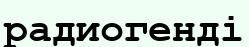
радиогенді